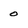
Character: 0